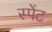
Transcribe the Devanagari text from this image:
स्पेंट